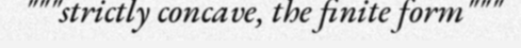
"""strictly concave, the finite form"""